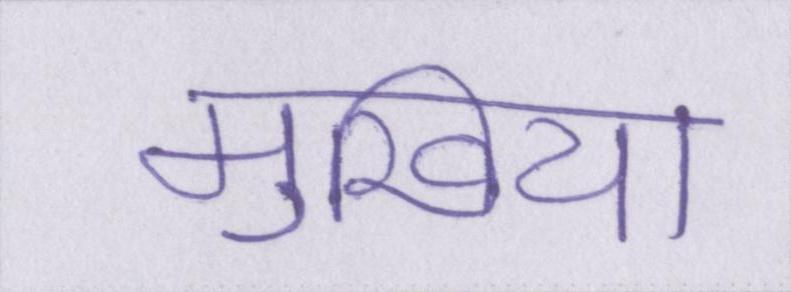
मुखिया